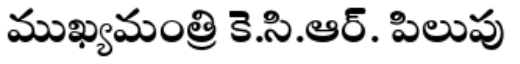
ముఖ్యమంత్రి కె.సి.ఆర్. పిలుపు